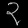
Digit: ၃